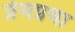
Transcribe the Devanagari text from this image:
प्रेमप्रथा